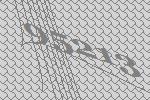
95213